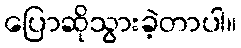
ပြောဆိုသွားခဲ့တာပါ။